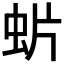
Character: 𧈼